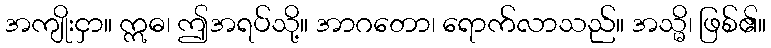
အကျိုးငှာ။ ဣဓ၊ ဤအရပ်သို့။ အာဂတော၊ ရောက်လာသည်။ အသ္မိ၊ ဖြစ်၏။